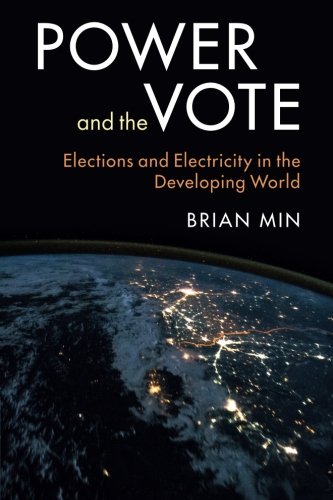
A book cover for Power and the Vote: Elections and Electricity in the Developing World; Brian Min; Business & Money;